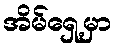
အိမ်ရှေ့မှာ